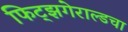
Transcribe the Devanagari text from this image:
फिट्झगेराल्डचा